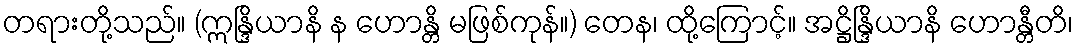
တရားတို့သည်။ (ဣန္ဒြိယာနိ န ဟောန္တိ မဖြစ်ကုန်။) တေန၊ ထို့ကြောင့်။ အဋ္ဌိန္ဒြိယာနိ ဟောန္တီတိ၊